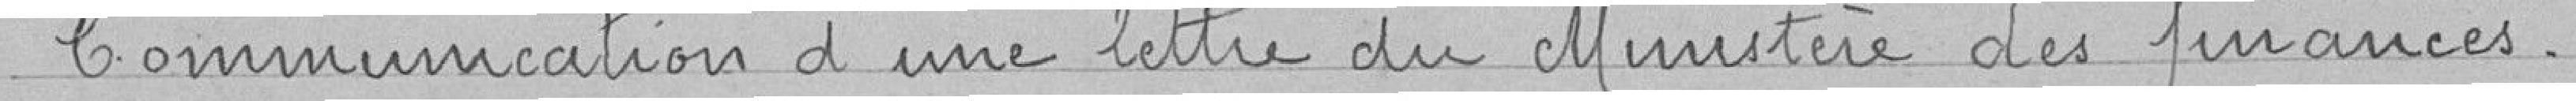
Communication d'une lettre du Ministre des finances